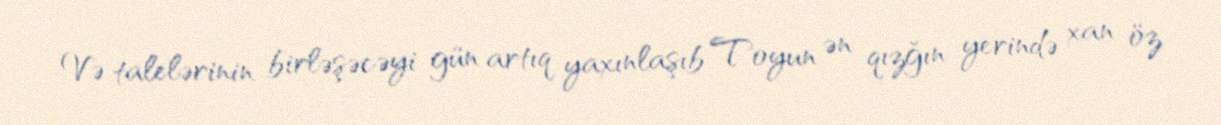
Və talelərinin birləşəcəyi gün artıq yaxınlaşıb Toyun ən qızğın yerində xan öz